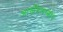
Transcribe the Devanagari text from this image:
आर्खंगेलस्कोये